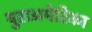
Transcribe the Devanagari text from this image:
युराअमेरिका